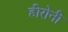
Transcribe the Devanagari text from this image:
हीरोनी